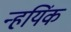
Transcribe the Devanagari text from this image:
न्हयिंक